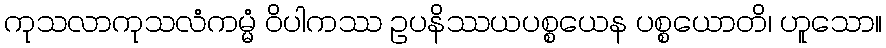
ကုသလာကုသလံကမ္မံ ဝိပါကဿ ဥပနိဿယပစ္စယေန ပစ္စယောတိ၊ ဟူသော။